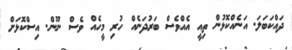
ދައްކަބަލަ. އަނެއްކޮޅުން ތިއީ އެއްވެސް ބަރުދަނެއް ހުރި މީހެއް ވެސް ނޫން. އިސްކޮޅަށް